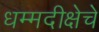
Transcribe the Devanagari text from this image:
धम्मदीक्षेचे